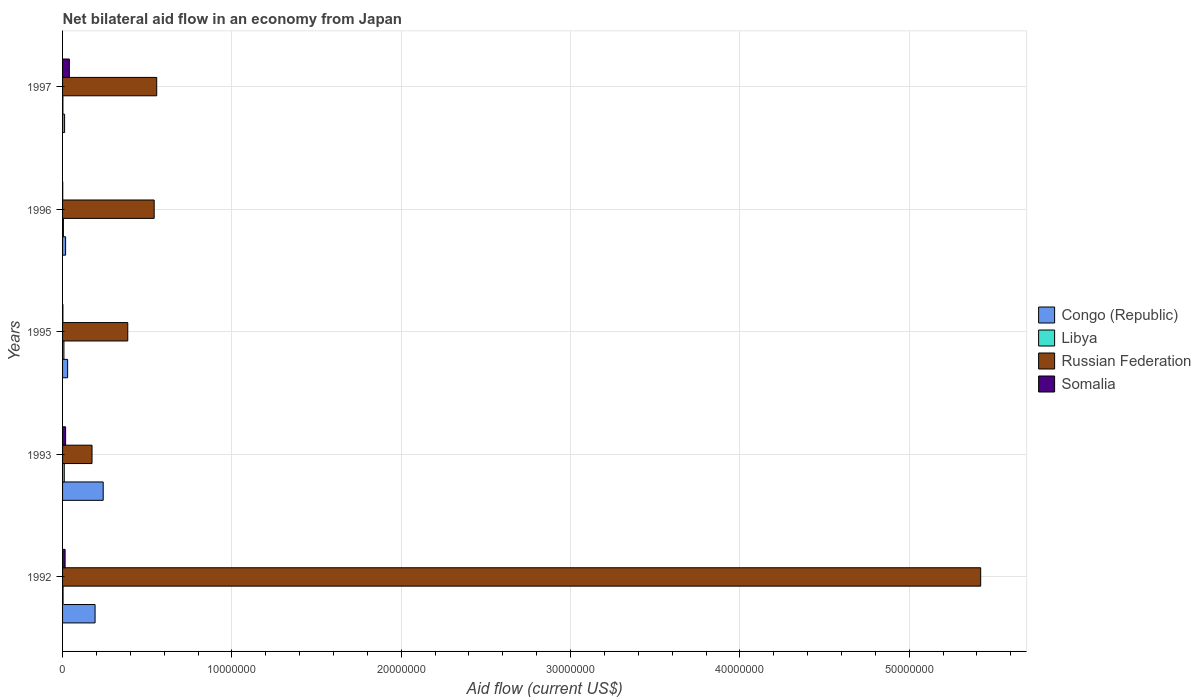
| Years | Congo (Republic) | Libya | Russian Federation | Somalia |
 | --- | --- | --- | --- | --- |
 | 1992 | 1.92e+06 | 3e+04 | 5.42e+07 | 1.5e+05 |
 | 1993 | 2.4e+06 | 1e+05 | 1.74e+06 | 1.8e+05 |
 | 1995 | 3e+05 | 8e+04 | 3.85e+06 | 2e+04 |
 | 1996 | 1.8e+05 | 5e+04 | 5.41e+06 | 1e+04 |
 | 1997 | 1.2e+05 | 2e+04 | 5.56e+06 | 4e+05 |